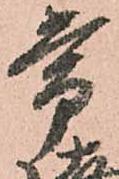
常